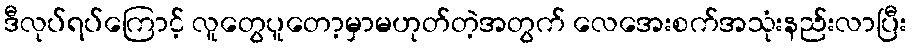
ဒီလုပ်ရပ်ကြောင့် လူတွေပူတော့မှာမဟုတ်တဲ့အတွက် လေအေးစက်အသုံးနည်းလာပြီး